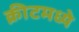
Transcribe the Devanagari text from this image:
क्रीटमध्ये